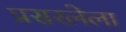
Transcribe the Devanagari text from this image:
प्रसरलेला